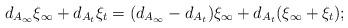
LaTeX: \begin{align*}d_{A_\infty} \xi_\infty + d_{A_t} \xi_t = (d_{A_\infty} - d_{A_t}) \xi_\infty + d_{A_t} (\xi_\infty+\xi_t);\end{align*}